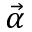
\vec { \alpha }